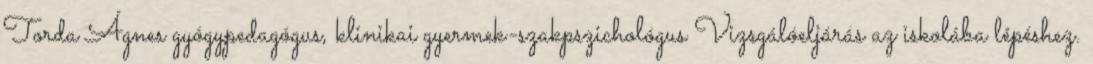
Torda Ágnes gyógypedagógus, klinikai gyermek-szakpszichológus Vizsgálóeljárás az iskolába lépéshez.